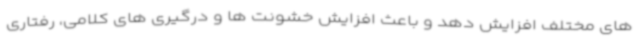
های مختلف افزایش دهد و باعث افزایش خشونت ها و درگیری های کلامی، رفتاری